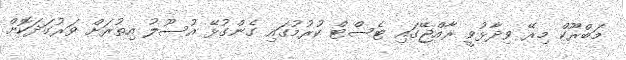
މަބްރޫކް މިރޭ ވިދާޅުވީ ރާއްޖޭގައި ޓެސްޓް ކުރުމުގައި ގެންގުޅޭ އުސޫލު އިތުރަށް ވަރުގަދަކޮށް